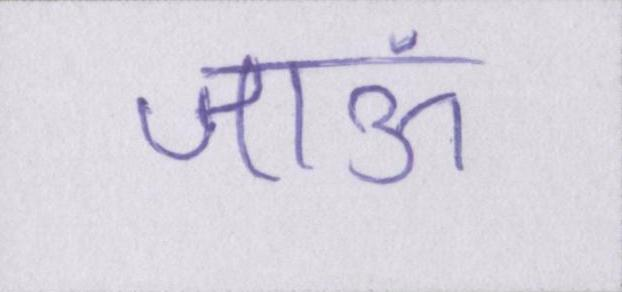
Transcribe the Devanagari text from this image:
जाऊं